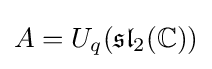
A=U_{q}({\mathfrak {sl}}_{2}(\mathbb {C} ))